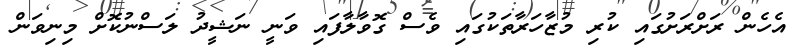
އެހެން ރަށްރަށުގައި ކުރި މުޒާހަރާތަކުގައި ވެސް ގޮވާލާފައި ވަނީ ނަޝީދު ލަސްނުކޮށް މިނިވަން